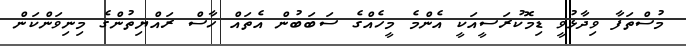
މުސްތަފާ ވިދާޅުވީ ޑިމޮކުރަސީއަކީ އެންމެ މީހެއްގެ ސަބަބުން އެތައް ހާސް ރައްޔިތުންގެ މިނިވަންކަން